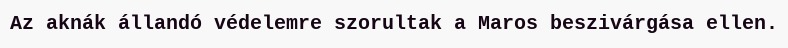
Az aknák állandó védelemre szorultak a Maros beszivárgása ellen.